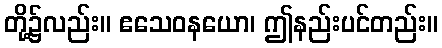
တို့၌လည်း။ ဧသေဝနယော၊ ဤနည်းပင်တည်း။